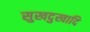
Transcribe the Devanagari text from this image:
सुखदुखादि